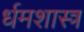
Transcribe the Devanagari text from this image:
र्धमशास्त्र